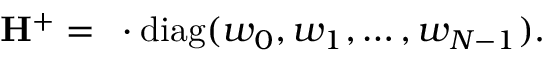
\mathbf { H } ^ { + } = \mathbf { \varphi } \cdot \mathrm { d i a g } ( w _ { 0 } , w _ { 1 } , \dots , w _ { N - 1 } ) .